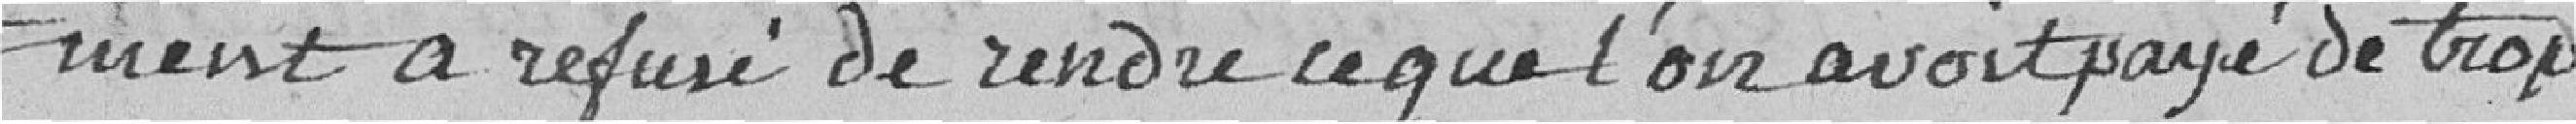
-ment a refusé de rendre ce que l'on avait payé de trop,